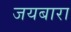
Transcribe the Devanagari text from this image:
जयबारा